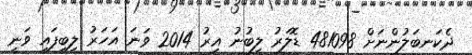
ދެކަނބަލުންނަށް 481098 ޑޮލަރު ލިބުނު އިރު 2014 ވަނަ އަހަރު ލިބިފައި ވަނީ